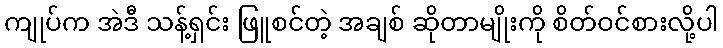
ကျုပ်က အဲဒီ သန့်ရှင်း ဖြူစင်တဲ့ အချစ် ဆိုတာမျိုးကို စိတ်ဝင်စားလို့ပါ